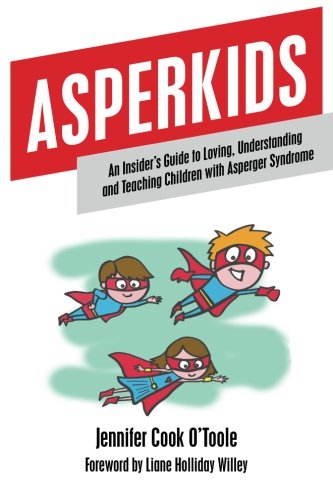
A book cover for Asperkids: An Insider's Guide to Loving, Understanding and Teaching Children with Asperger Syndrome; Jennifer Cook O'Toole; Parenting & Relationships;